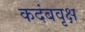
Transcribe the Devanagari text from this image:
कदंबवृक्ष